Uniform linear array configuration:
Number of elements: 8
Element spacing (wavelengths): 1
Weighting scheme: exponential
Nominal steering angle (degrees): -15
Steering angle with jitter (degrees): -15.546
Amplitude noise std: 0.05
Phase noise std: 0.05

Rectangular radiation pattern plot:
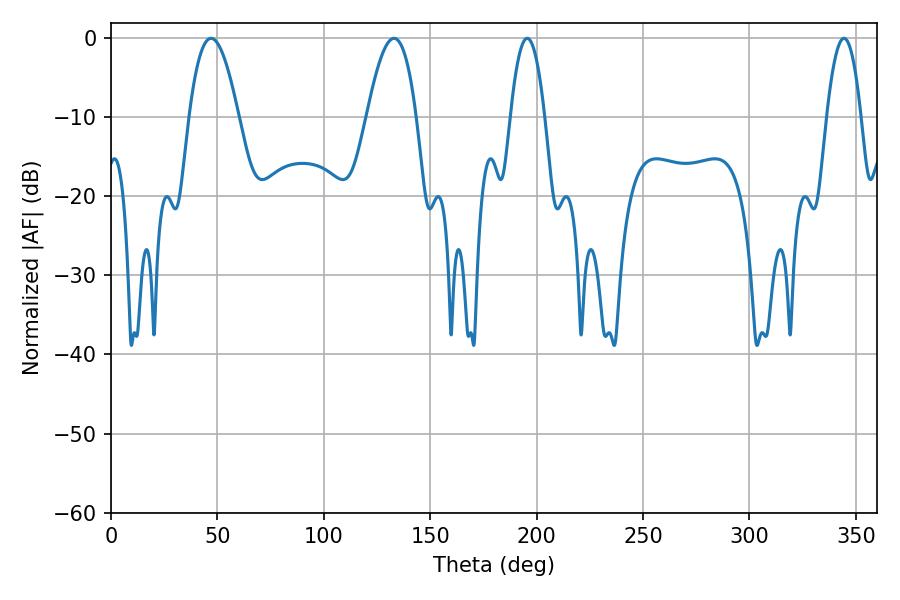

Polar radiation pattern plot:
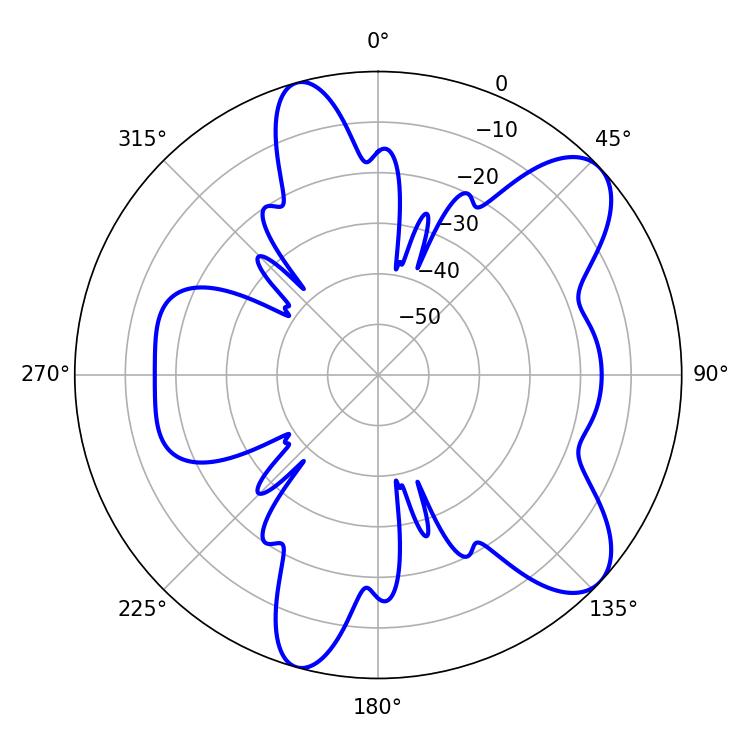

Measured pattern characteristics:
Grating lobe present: TRUE
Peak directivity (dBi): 8.871
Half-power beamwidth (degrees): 12.78
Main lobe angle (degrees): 46.98